Indian journal of veterinary science and animal husbandry - Volume 14,
Year: 1944
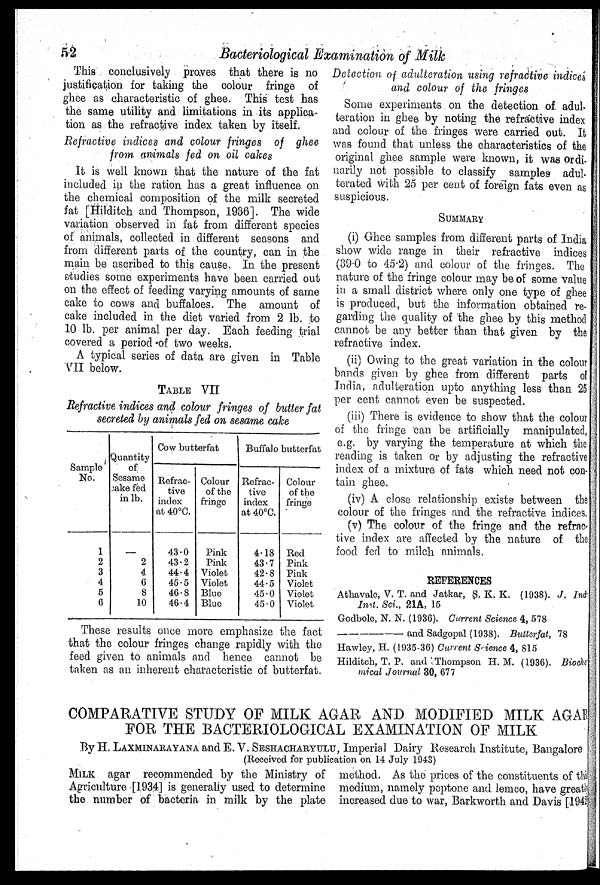
52
Bacteriological Examination of Milk
This conclusively proves that there is no
justification for taking the colour fringe of
ghee as characteristic of ghee. This test has
the same utility and limitations in its applica-
tion as the refractive index taken by itself.
Refractive indices and colour fringes of ghee
from animals fed on oil cakes
It is well known that the nature of the fat
included in the ration has a great influence on
the chemical composition of the milk secreted
fat [Hilditch and Thompson, 1936]. The wide
variation observed in fat from different species
of animals, collected in different seasons and
from different parts of the country, can in the
main be ascribed to this cause. In the present
studies some experiments have been carried out
on the effect of feeding varying amounts of same
cake to cows and buffaloes. The amount of
cake included in the diet varied from 2 lb. to
10 lb. per animal per day. Each feeding trial
covered a period of two weeks.
A typical series of data are given in Table
VII below.
TABLE VII
Refractive indices and colour fringes of butter fat
secreted by animals fed on sesame cake
Sample
No.
1
2
3
4
5
6
Quantity
of
Sesame
cake fed
in lb.
—
2
4
6
8
10
Cow butterfat
Refrac-
tive
index
at 40°C.
43.0
43.2
44.4
45.5
46.8
46.4
Colour
of the
fringe
Pink
Pink
Violet
Violet
Blue
Blue
Buffalo butterfat
Refrac-
tive
index
at 40°C.
4.18
43.7
42.8
44.5
45.0
45.0
Colour
of the
fringe
Red
Pink
Pink
Violet
Violet
Violet
These results once more emphasize the fact
that the colour fringes change rapidly with the
feed given to animals and hence cannot be
taken as an inherent characteristic of butterfat.
Detection of adulteration using refractive indices
and colour of the fringes
Some experiments on the detection of adul-
teration in ghee by noting the refractive index
and colour of the fringes were carried out. It
was found that unless the characteristics of the
original ghee sample were known, it was ordi-
narily not possible to classify samples adul-
terated with 25 per cent of foreign fats even as
suspicious.
SUMMARY
(i) Ghee samples from different parts of India
show wide range in their refractive indices
(39.0 to 45.2) and colour of the fringes. The
nature of the fringe colour may be of some value
in a small district where only one type of ghee
is produced, but the information obtained re-
garding the quality of the ghee by this method
cannot be any better than that given by the
refractive index.
(ii) Owing to the great variation in the colour
bands given by ghee from different parts of
India, adulteration upto anything less than 25
per cent cannot even be suspected.
(iii) There is evidence to show that the colour
of the fringe can be artificially manipulated,
e.g. by varying the temperature at which the
reading is taken or by adjusting the refractive
index of a mixture of fats which need not con-
tain ghee.
(iv) A close relationship exists between the
colour of the fringes and the refractive indices.
(v) The colour of the fringe and the refrac-
tive index are affected by the nature of the
food fed to milch animals.
REFERENCES
Athavale, V. T. and Jatkar, S. K. K. (1938). J. Ind
Inst. Sci., 21A, 15
Godbole, N. N. (1936). Current Science 4, 578
—
and Sadgopal (1938). Butterfat, 78
Hawley, H. (1935-36) Current Science 4, 815
Hilditch, T. P. and Thompson H. M. (1936). Bioch
mical Journal 30, 677
COMPARATIVE STUDY OF MILK AGAR AND MODIFIED MILK AGAR
FOR THE BACTERIOLOGICAL EXAMINATION OF MILK
By H. LAXMINARAYANA and E. V. SESHACHARYULU, Imperial Dairy Research Institute, Bangalore
(Received for publication on 14 July 1943)
MILK agar recommended by the Ministry of
Agriculture [1934] is generally used to determine
the number of bacteria in milk by the plate
method. As the prices of the constituents of the
medium, namely peptone and lemco, have greatly
increased due to war, Barkworth and Davis [1942]